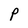
Character: P